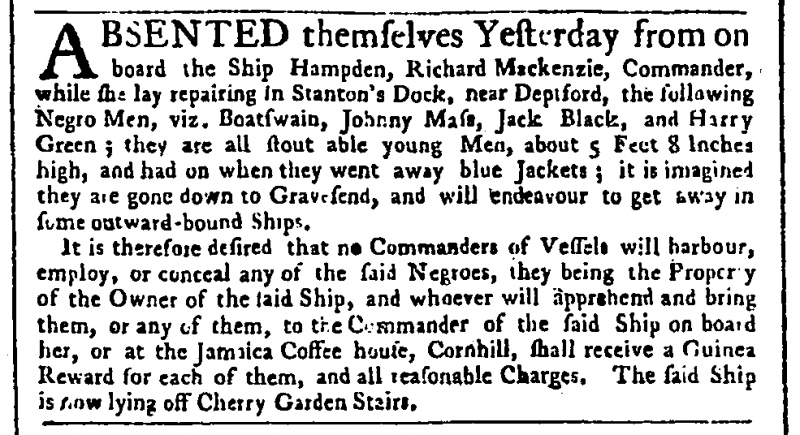
Public Advertiser, 25 October 1759 (England)
ABSENTED themselves Yesterday from on board the Ship Hampden, Richard Mackenzie, Commander, while she lay repairing in Stanton’s Dock, near Deptford, the following Negro Men, viz. Boatswain, Johnny Mass, Jack Black, and Harry Green; they are all stout able young Men, about 5 Feet 8 Inches high, and had on when they went away blue Jackets; it is imagined they are gone down to Gravesend, and will endeavour to get away in some outward-bound Ships.  It is therefore desired that no Commanders of Vessels will harbour, employ, or conceal any of the said Negroes, they being the Property of the Owner of the said Ship, and whoever will apprehend and bring them, or any of them, to the Commander of the said Ship on board her, or at the Jamaica Coffee house, Cornhill, shall receive a Guinea Reward for each of them, and all reasonable Charges. The said Ship is now lying off Cherry Garden Stairs.